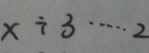
x \div 3 \cdots 2